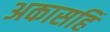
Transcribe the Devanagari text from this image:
अकासहिं